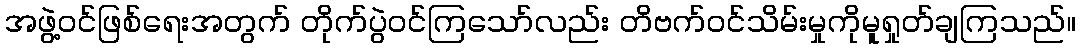
အဖွဲ့ဝင်ဖြစ်ရေးအတွက် တိုက်ပွဲဝင်ကြသော်လည်း တိဗက်ဝင်သိမ်းမှုကိုမူရှုတ်ချကြသည်။